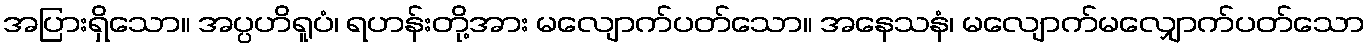
အပြားရှိသော။ အပ္ပဟိရူပံ၊ ရဟန်းတို့အား မလျောက်ပတ်သော။ အနေသနံ၊ မလျောက်မလျှောက်ပတ်သော